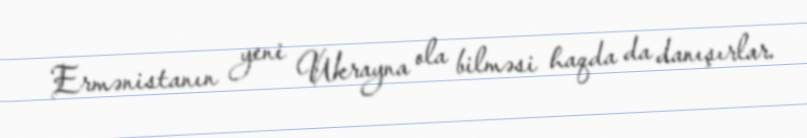
Ermənistanın yeni Ukrayna ola bilməsi haqda da danışırlar.